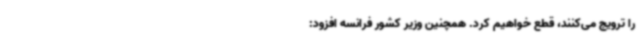
را ترویج می‌کنند، قطع خواهیم کرد. همچنین وزیر کشور فرانسه افزود: